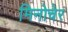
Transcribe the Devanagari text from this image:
मिनोचेर